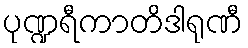
ပုဏ္ဍရီကာတိဒါရုဏီ